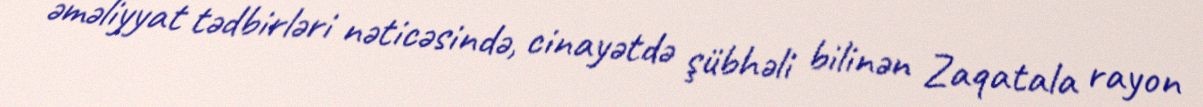
əməliyyat tədbirləri nəticəsində, cinayətdə şübhəli bilinən Zaqatala rayon